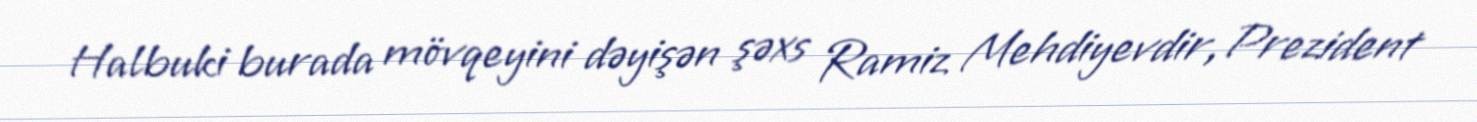
Halbuki burada mövqeyini dəyişən şəxs Ramiz Mehdiyevdir, Prezident